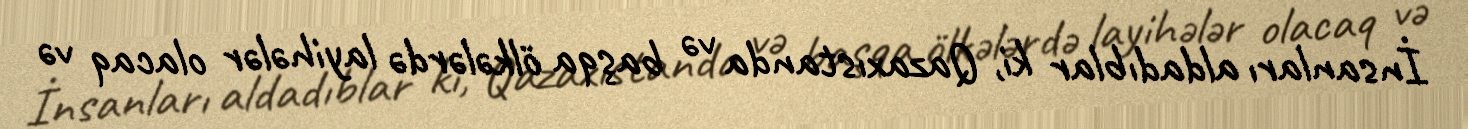
İnsanları aldadıblar ki, Qazaxıstanda və başqa ölkələrdə layihələr olacaq və